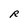
Character: R